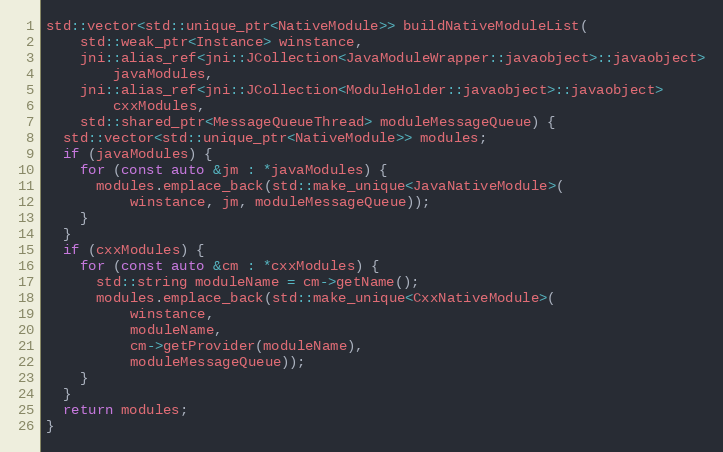
Language: C++
std::vector<std::unique_ptr<NativeModule>> buildNativeModuleList(
    std::weak_ptr<Instance> winstance,
    jni::alias_ref<jni::JCollection<JavaModuleWrapper::javaobject>::javaobject>
        javaModules,
    jni::alias_ref<jni::JCollection<ModuleHolder::javaobject>::javaobject>
        cxxModules,
    std::shared_ptr<MessageQueueThread> moduleMessageQueue) {
  std::vector<std::unique_ptr<NativeModule>> modules;
  if (javaModules) {
    for (const auto &jm : *javaModules) {
      modules.emplace_back(std::make_unique<JavaNativeModule>(
          winstance, jm, moduleMessageQueue));
    }
  }
  if (cxxModules) {
    for (const auto &cm : *cxxModules) {
      std::string moduleName = cm->getName();
      modules.emplace_back(std::make_unique<CxxNativeModule>(
          winstance,
          moduleName,
          cm->getProvider(moduleName),
          moduleMessageQueue));
    }
  }
  return modules;
}